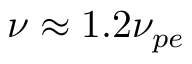
\nu \approx 1 . 2 \nu _ { p e }